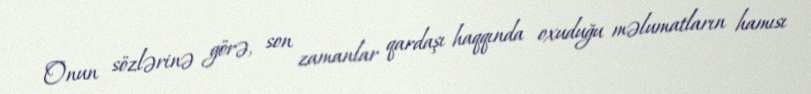
Onun sözlərinə görə, son zamanlar qardaşı haqqında oxuduğu məlumatların hamısı